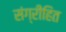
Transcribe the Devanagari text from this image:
संग्रीहित